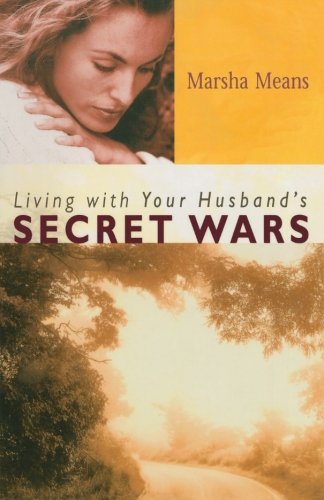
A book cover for Living with Your Husband's Secret Wars; Marsha Means; Self-Help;